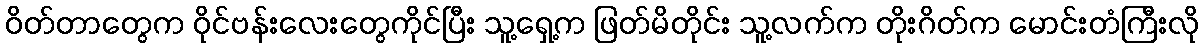
ဝိတ်တာတွေက ဝိုင်ဗန်းလေးတွေကိုင်ပြီး သူ့ရှေ့က ဖြတ်မိတိုင်း သူ့လက်က တိုးဂိတ်က မောင်းတံကြီးလို